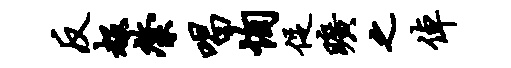
反赧綮唱恂促旷之倬